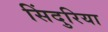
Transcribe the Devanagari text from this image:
सिंदुरिया